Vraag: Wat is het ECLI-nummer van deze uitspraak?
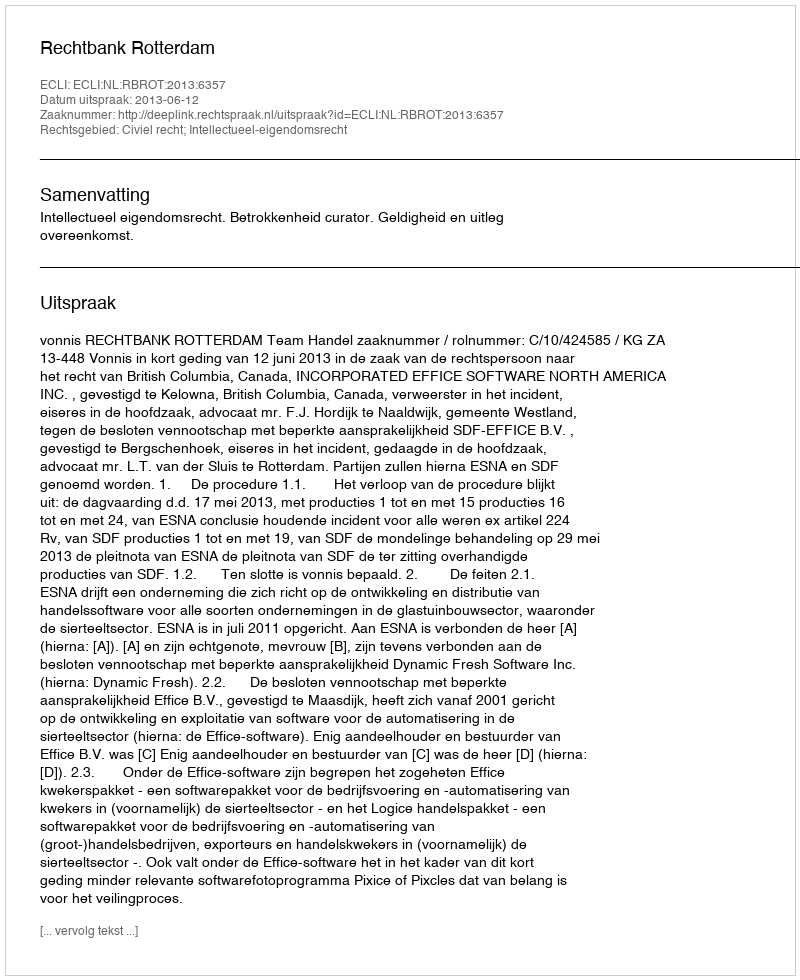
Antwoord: ECLI:NL:RBROT:2013:6357